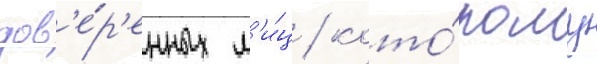
дов'е́р'енных л'и́ц / кото́рому